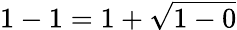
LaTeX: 1-1=1+{\sqrt{1-0}}